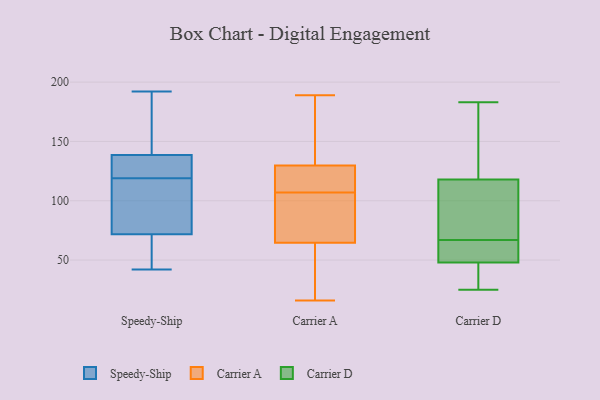
{"axis": {"x": "Headcount", "y": "Value"}, "legend": ["Carrier A", "Carrier D", "Speedy-Ship"], "data": [{"x": "", "y": 65, "type": "Speedy-Ship"}, {"x": "", "y": 149, "type": "Speedy-Ship"}, {"x": "", "y": 80, "type": "Speedy-Ship"}, {"x": "", "y": 42, "type": "Speedy-Ship"}, {"x": "", "y": 62, "type": "Speedy-Ship"}, {"x": "", "y": 117, "type": "Speedy-Ship"}, {"x": "", "y": 124, "type": "Speedy-Ship"}, {"x": "", "y": 149, "type": "Speedy-Ship"}, {"x": "", "y": 192, "type": "Speedy-Ship"}, {"x": "", "y": 74, "type": "Speedy-Ship"}, {"x": "", "y": 48, "type": "Speedy-Ship"}, {"x": "", "y": 126, "type": "Speedy-Ship"}, {"x": "", "y": 135, "type": "Speedy-Ship"}, {"x": "", "y": 123, "type": "Speedy-Ship"}, {"x": "", "y": 81, "type": "Speedy-Ship"}, {"x": "", "y": 119, "type": "Speedy-Ship"}, {"x": "", "y": 178, "type": "Speedy-Ship"}, {"x": "", "y": 114, "type": "Carrier A"}, {"x": "", "y": 70, "type": "Carrier A"}, {"x": "", "y": 189, "type": "Carrier A"}, {"x": "", "y": 107, "type": "Carrier A"}, {"x": "", "y": 48, "type": "Carrier A"}, {"x": "", "y": 126, "type": "Carrier A"}, {"x": "", "y": 141, "type": "Carrier A"}, {"x": "", "y": 168, "type": "Carrier A"}, {"x": "", "y": 16, "type": "Carrier A"}, {"x": "", "y": 37, "type": "Carrier A"}, {"x": "", "y": 81, "type": "Carrier A"}, {"x": "", "y": 118, "type": "Carrier A"}, {"x": "", "y": 102, "type": "Carrier A"}, {"x": "", "y": 118, "type": "Carrier D"}, {"x": "", "y": 183, "type": "Carrier D"}, {"x": "", "y": 25, "type": "Carrier D"}, {"x": "", "y": 63, "type": "Carrier D"}, {"x": "", "y": 71, "type": "Carrier D"}, {"x": "", "y": 48, "type": "Carrier D"}, {"x": "", "y": 27, "type": "Carrier D"}, {"x": "", "y": 88, "type": "Carrier D"}, {"x": "", "y": 158, "type": "Carrier D"}, {"x": "", "y": 59, "type": "Carrier D"}]}